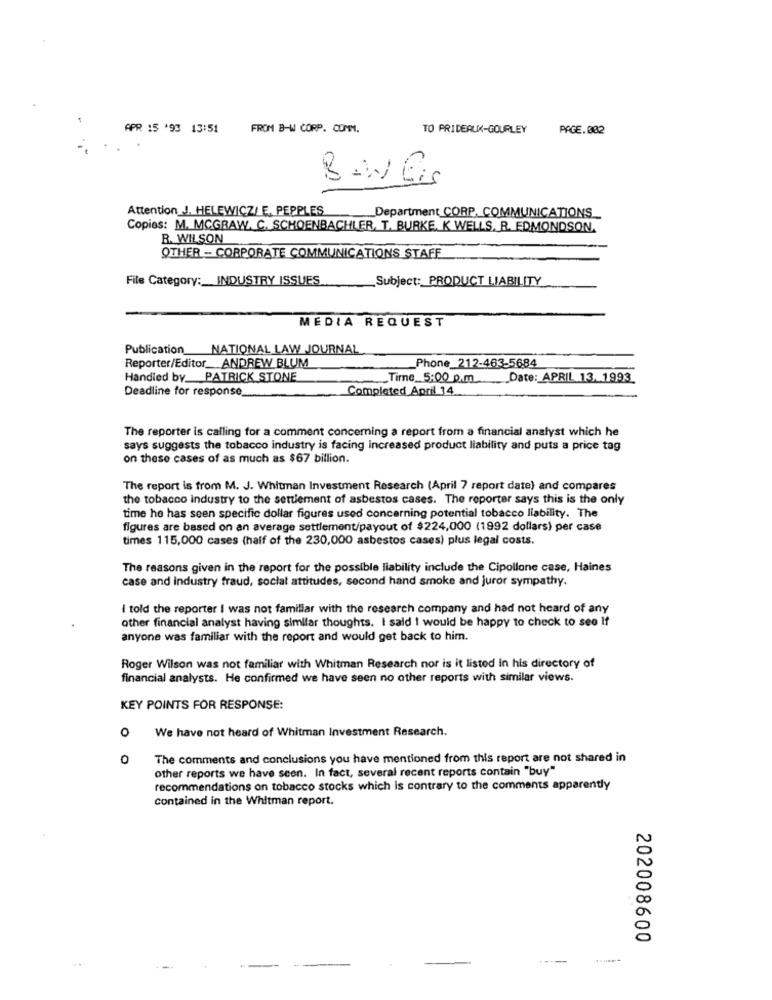
APR 15 '93 13:51
FROM B-W CORP. COMM.
TO PRIDEAUX-GOURLEY
PAGE.082
BANEis
Attention_J. HELEWICZ/ E, PEPPLES
Department CORP. COMMUNICATIONS
Copies: M. MCGRAW. C. SCHOENBACHLER, T. BURKE, K WELLS, R. EDMONDSON.
R. WILSON
OTHER - CORPORATE COMMUNICATIONS STAFF
File Category :_ INDUSTRY ISSUES
Subject: PRODUCT LIABILITY
MEDIA REQUEST
Publication NATIONAL LAW JOURNAL
Reporter/Editor_ANDREW BLUM
Phone 212-463-5684
Handled by_PATRICK STONE
Time_5:00 p.m
Date: APRIL 13, 1993
Deadline for response
Completed April 14.
The reporter is calling for a comment concerning a report from a financial analyst which he
says suggests the tobacco industry is facing increased product liability and puts a price tag
on these cases of as much as $67 billion.
The report is from M. J. Whiunan Investment Research (April 7 report date) and compares
the tobacco industry to the settlement of asbestos cases. The reporter says this is the only
time he has seen specific dollar figures used concerning potential tobacco liability. The
figures are based on an average settlement/payout of $224,000 (1992 dollars) per case
times 115,000 cases (half of the 230,000 asbestos cases) plus legal costs.
The reasons given in the report for the possible liability include the Cipollone case, Haines
case and industry fraud, social attitudes, second hand smoke and juror sympathy.
I told the reporter I was not familiar with the research company and had not heard of any
other financial analyst having similar thoughts. I said I would be happy to check to see If
anyone was familiar with the report and would get back to him.
Roger Wilson was not familiar with Whitman Research nor is it listed in his directory of
financial analysts. He confirmed we have seen no other reports with similar views.
KEY POINTS FOR RESPONSE:
0
We have not heard of Whitman Investment Research.
The comments and conclusions you have mentioned from this report are not shared in
other reports we have scon. In fact, several recent reports contain "buy"
recommendations on tobacco stocks which is contrary to the comments apparently
contained in the Whitman report.
202008600